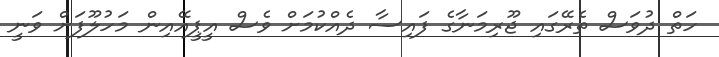
ހަތް ދުވަސް ތެރޭގައި ޖޫރިމަނާގެ ފައިސާ ދެއްކުމަށް ވެސް އީޕީއޭއިން މަހުލޫފަށް ވަނީ